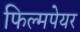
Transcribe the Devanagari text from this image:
फिल्मपेयर